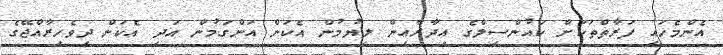
އެންމެހައި ފަރާތްތަކަށް ކައުންސިލްގެ އިދާރާއިން ލިޔުމުން އެކަން އަންގަމުން އަދި އެކަން ދިވެހިރާއްޖޭގެ